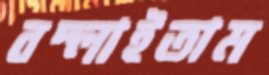
বদ্‌লাইতাম